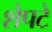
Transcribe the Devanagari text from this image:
शेपटे